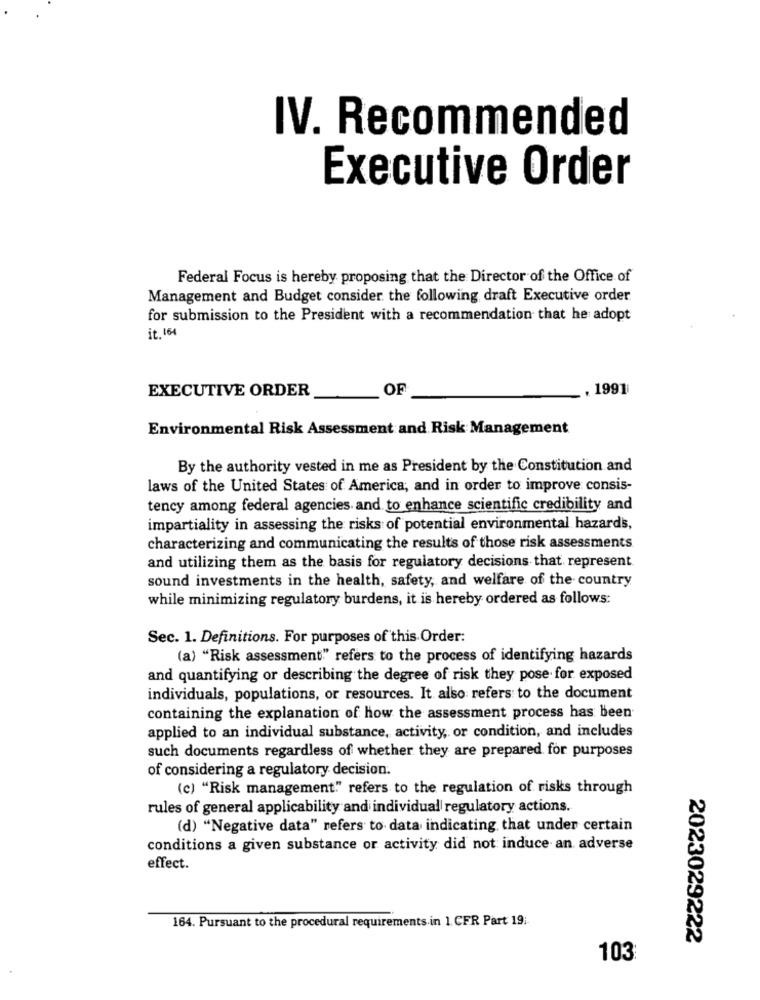
IV. Recommended
Executive Order
Federal Focus is hereby proposing that the Director of the Office of
Management and Budget consider the following draft Executive order
for submission to the President with a recommendation that he adopt
it. 164
EXECUTIVE ORDER
OF
. 1991
Environmental Risk Assessment and Risk Management
By the authority vested in me as President by the Constitution and
laws of the United States of America, and in order to improve consis-
tency among federal agencies and to enhance scientific credibility and
impartiality in assessing the risks of potential environmental hazards,
characterizing and communicating the results of those risk assessments
and utilizing them as the basis for regulatory decisions that represent
sound investments in the health, safety, and welfare of the country
while minimizing regulatory burdens, it is hereby ordered as follows:
Sec. 1. Definitions. For purposes of this Order:
(a) "Risk assessment" refers to the process of identifying hazards
and quantifying or describing the degree of risk they pose for exposed
individuals, populations, or resources. It also refers to the document
containing the explanation of how the assessment process has been
applied to an individual substance, activity, or condition, and includes
such documents regardless of whether they are prepared for purposes
of considering a regulatory decision.
(c) "Risk management" refers to the regulation of risks through
rules of general applicability and individual regulatory actions.
(d) "Negative data" refers to data indicating that under certain
conditions a given substance or activity did not induce an adverse
effect.
164. Pursuant to the procedural requirements in 1. CFR Part 19 :-
2023029222
103